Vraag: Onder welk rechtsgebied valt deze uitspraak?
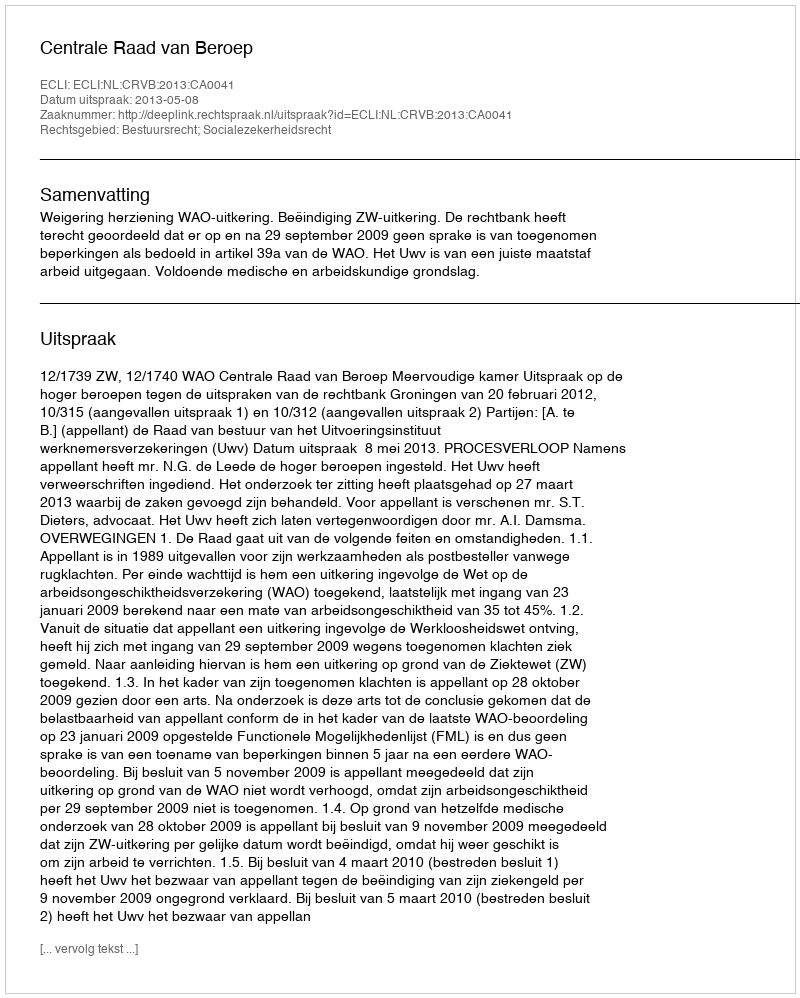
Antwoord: Bestuursrecht; Socialezekerheidsrecht